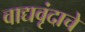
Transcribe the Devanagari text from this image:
वाद्यवृंदाचे